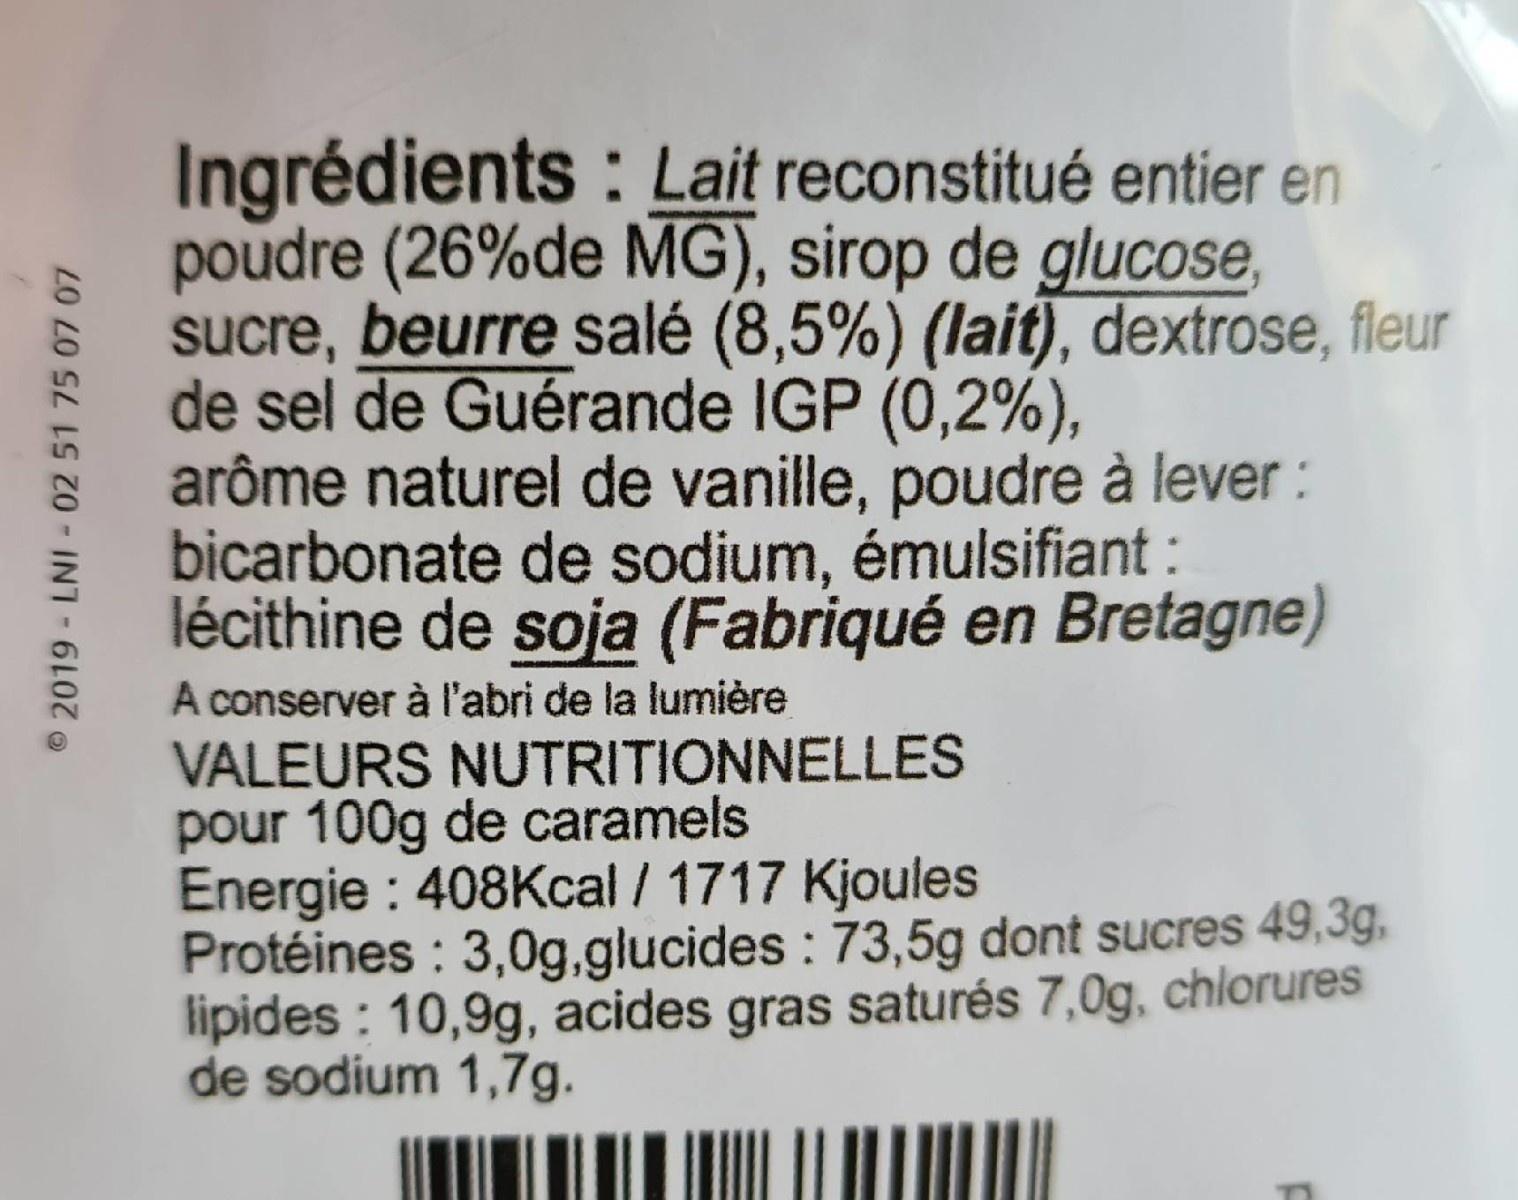
Ingrédients : Lait reconstitué entier en poudre (26%de MG), sirop de glucose, sucre, beurre salé (8,5%) (lait), dextrose, fleur de sel de Guérande IGP (0,2%), arôme naturel de vanille, poudre à lever: bicarbonate de sodium, émulsifiant: lécithine de soja (Fabriqué en Bretagne)
A conserver à l'abri de la lumière
VALEURS NUTRITIONNELLES pour 100g de caramels Energie : 408Kcal / 1717 Kjoules Protéines : 3,0g,glucides : 73,5g dont sucres 49,3g, lipides : 10,9g, acides gras saturés 7,0g, chlorures de sodium 1,7g.
©2019- LNI-02 51 75 07 07